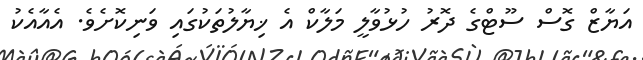
އަޔާޒް ގޮސް ސޫޓްގެ ދޮރު ހުޅުވާލީ މަލާކް އެ ޚިޔާލުތަކުގައި ވަނިކޮށެވެ. އެއާއެކު